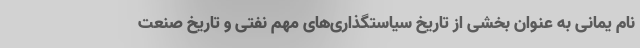
نام یمانی به عنوان بخشی از تاریخ سیاستگذاری‌های مهم نفتی و تاریخ صنعت